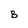
Character: B